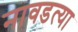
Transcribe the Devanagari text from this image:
नावडत्या